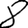
Digit: 8